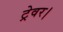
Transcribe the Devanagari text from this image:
ट्रेवर।